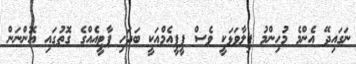
ނަގައިދޭ އެންމެ މުހިންމު ފިލާވަޅަކީ ވެސް ޕީޕީއެމްއަކީ ބަދަހި ޕާޓީއެއްގެ ގޮތުގައި އޮންނަން